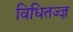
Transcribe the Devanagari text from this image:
विधितज्‍ज्ञ